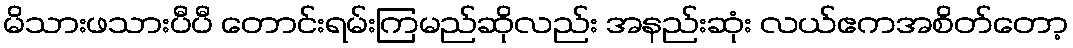
မိသားဖသားပီပီ တောင်းရမ်းကြမည်ဆိုလည်း အနည်းဆုံး လယ်ဧကအစိတ်တော့